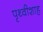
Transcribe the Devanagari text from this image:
पृथ्वीशाह